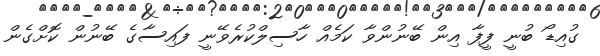
ގުއިޑޯ ބުނީ ފީފާ އިން ބޭނުންވާ ކަމެއް ހާސިލްކުރެވޭނީ ފައިސާގެ ބޭނުން ކޮށްގެން